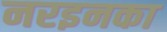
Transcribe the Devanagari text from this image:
नरइनका